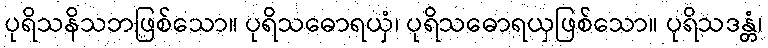
ပုရိသနိသဘဖြစ်သော။ ပုရိသဓောရယှံ၊ ပုရိသဓောရယှဖြစ်သော။ ပုရိသဒန္တံ၊